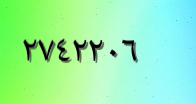
٢٧٤٢٢٠٦